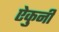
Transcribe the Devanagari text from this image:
ऐकुनी